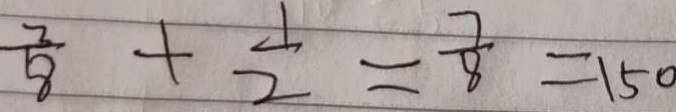
\frac { 3 } { 8 } + \frac { 1 } { 2 } = \frac { 7 } { 8 } = 1 5 0